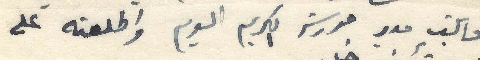
قابلت مدير مدرسة الكريم اليوم واطلعته على